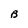
Character: B